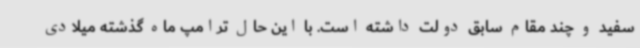
سفید و چند مقام سابق دولت داشته است. با این حال ترامپ ماه گذشته میلادی